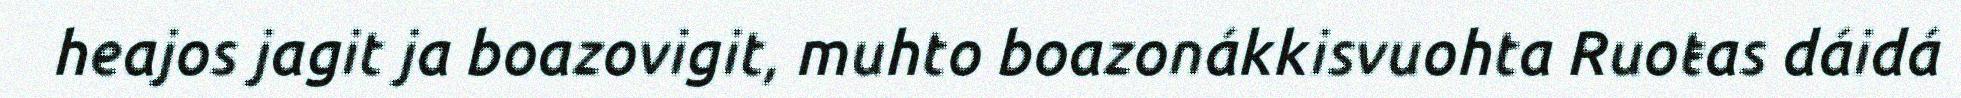
heajos jagit ja boazovigit, muhto boazonákkisvuohta Ruoŧas dáidá